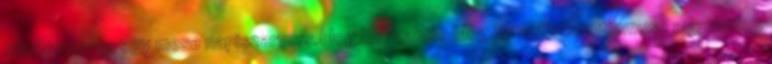
minden napra egy mese napiszarvers.blog.hu reakcio.blog.hu antiszemitizmus 1 augusztus